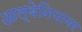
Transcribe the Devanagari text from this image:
आल्बेनियावर